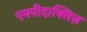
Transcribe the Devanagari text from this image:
एमपीदाक्लिज़